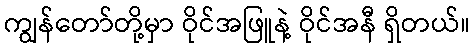
ကျွန်တော်တို့မှာ ဝိုင်အဖြူနဲ့ ဝိုင်အနီ ရှိတယ်။